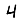
Digit: 4